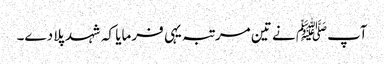
آپﷺ نے تین مرتبہ یہی فرمایا کہ شہد پلا دے۔